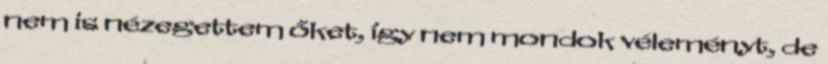
nem is nézegettem őket, így nem mondok véleményt, de